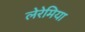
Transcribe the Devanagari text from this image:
लेरेमिया